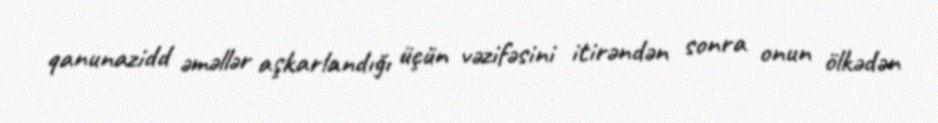
qanunazidd əməllər aşkarlandığı üçün vəzifəsini itirəndən sonra onun ölkədən